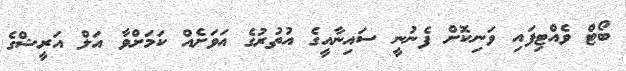
ބޯޓް ވެއްޓިފައި ވަނިކޮށް ފެނުނީ ސައިނާއީގެ އުތުރުގެ އަވަށެއް ކަމަށްވާ އަލް އަރީޝްގެ